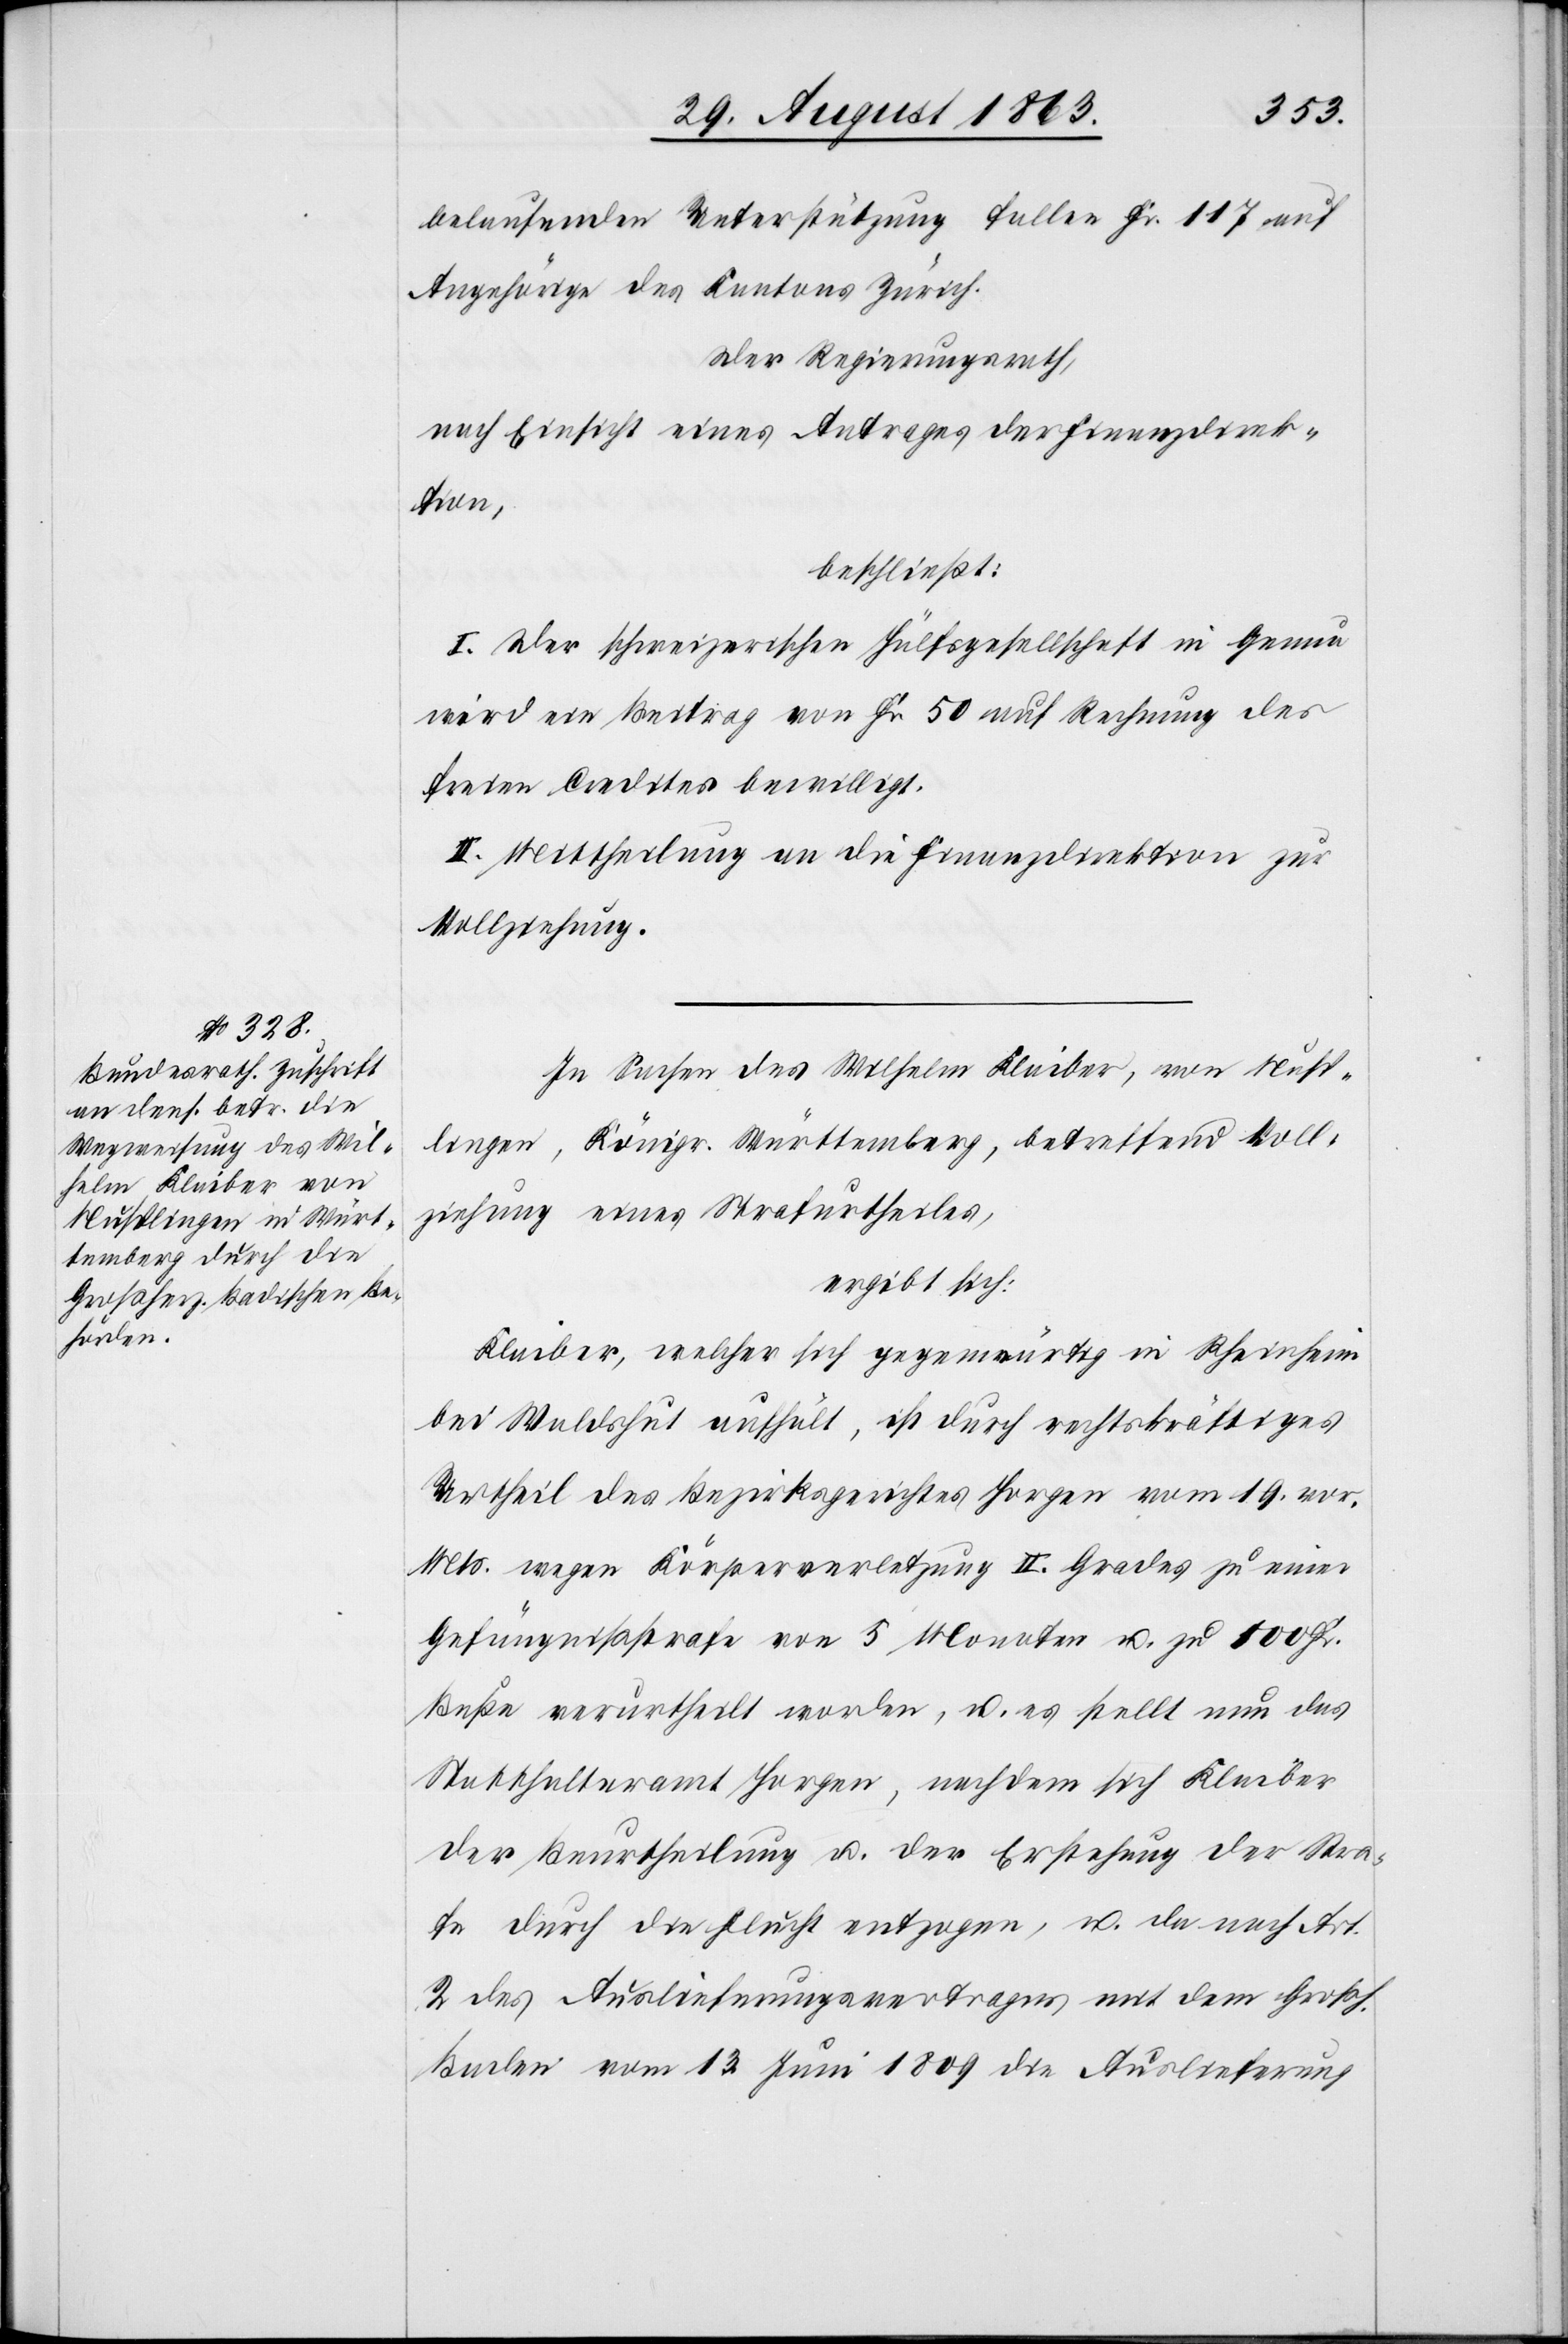
belaufenden Unterstützung[en] fallen Fr. 117 auf
Angehörige des Kantons Zürich.
Der Regierungsrath,
nach Einsicht eines Antrages der Finanzdirek¬
tion,
beschließt:
I. Der schweizerischen Hülfsgesellschaft in Genau
wird ein Beitrag von Fr. 50 auf Rechnung des
freien Credites bewilligt.
II. Mittheilung an die Finanzdirektion zur
Vollziehung.
In Sachen des Wilhelm Klaiber, von Nusp¬
lingen, Königr. Württemberg, betreffend Voll¬
ziehung eines Strafurtheiles,
ergibt sich:
Klaiber, welcher sich gegenwärtig in Rheinheim
bei Waldshut aufhält, ist durch rechtskräftiges
Urtheil des Bezirksgerichtes Horgen vom 19. vor.
Mts. wegen Körperverletzung II. Grades zu einer
Gefängnißstrafe von 5 Monaten u. zu 100 Fr.
Buße verurtheilt worden, u. es stellt nun das
Statthalteramt Horgen, nachdem sich Klaiber
der Beurtheilung u. der Erstehung der Stra¬
fe durch die Flucht entzogen, u. da nach Art.
2 des Auslieferungsvertrages mit dem Großh.
Baden vom 13. Juni 1809 die Auslieferung